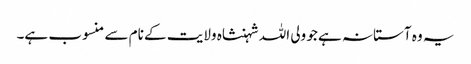
یہ وہ آستانہ ہے جو ولی اللہ شہنشاہ ولایت کے نام سے منسوب ہے۔